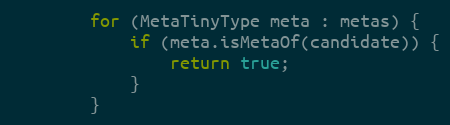
Language: Java
        for (MetaTinyType meta : metas) {
            if (meta.isMetaOf(candidate)) {
                return true;
            }
        }